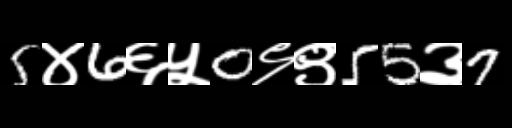
Text: 5४6६५0९९55३7